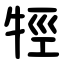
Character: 牼